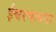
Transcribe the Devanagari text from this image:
ईश्वरभावना